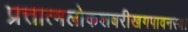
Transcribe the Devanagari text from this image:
प्रत्तात्मलोकशबरीखगपावनस्य।